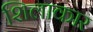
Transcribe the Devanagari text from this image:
शिलाकार